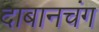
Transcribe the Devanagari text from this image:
दाबानचंग